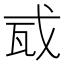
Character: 𢦭